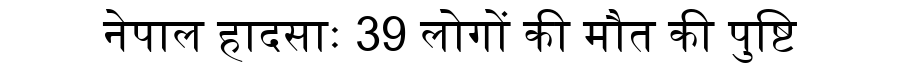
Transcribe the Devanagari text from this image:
नेपाल हादसाः 39 लोगों की मौत की पुष्टि